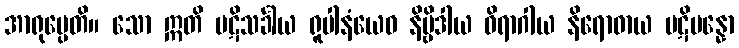
အာရုပ္ပေတိ။ သော ဣတိ ပဋိသင်္ခါယ ရူပါနံယေဝ နိဗ္ဗိဒါယ ဝိရာဂါယ နိရောဓာယ ပဋိပန္နော